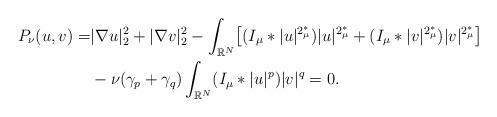
LaTeX: \begin{align*}\aligned P_\nu(u,v)=&|\nabla u|^2_2+|\nabla v|^2_2-\int_{\mathbb{R}^N}\bigl[(I_\mu*|u|^{2^*_\mu})|u|^{2^*_\mu}+(I_\mu*|v|^{2^*_\mu})|v|^{2^*_\mu}\bigr]\\&-\nu(\gamma_p+\gamma_q)\int_{\mathbb{R}^N}(I_\mu*|u|^{p})|v|^{q}=0.\endaligned\end{align*}